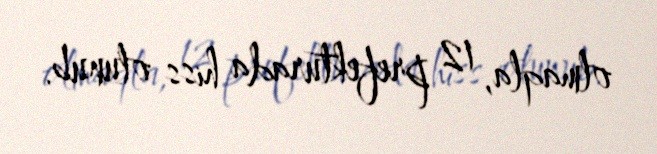
olmaqla, 12 prefekturada hiss olunub.